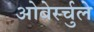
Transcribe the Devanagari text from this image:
ओबेर्स्चुले